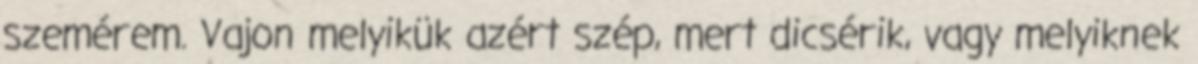
szemérem. Vajon melyikük azért szép, mert dicsérik, vagy melyiknek